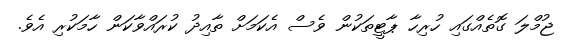
ޖުމްލަ ގޮތެއްގައި ހުރިހާ ޕާޓީތަކުން ވެސް އެކަމަށް ތާއިދު ކުރައްވާކަން ހާމަކުރި އެވެ.